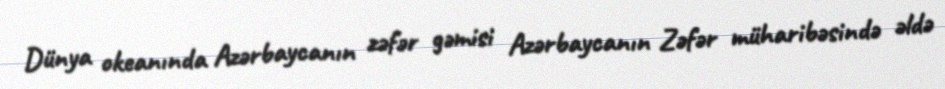
Dünya okeanında Azərbaycanın zəfər gəmisi Azərbaycanın Zəfər müharibəsində əldə